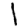
Digit: 1